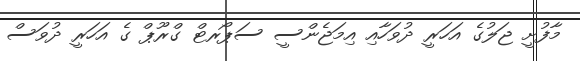
މާފުށީ ޖަލުގެ އަހަރީ ދުވަހާއި އިމަޖެންސީ ސަޕޯރޓް ގްރޫޕް ގެ އަހަރީ ދުވަސް